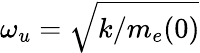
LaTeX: \omega_{u}=\sqrt{k/m_{e}(0)}